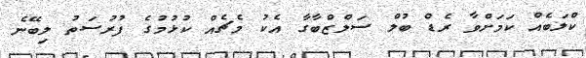
ކްލަބެއް ކަމަށްވާ ރެޑް ބުލް ސަލްޒްބާގާ އެކު މެޗެއް ކުޅުމުގެ ފުރުސަތު ލިބޭނެ